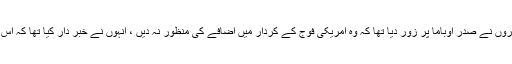
گزشتہ ہفتے امریکی ریٹائرڈ جنرلز اور سینئر سفارتکاروں نے صدر اوباما پر زور دیا تھا کہ وہ امریکی فوج کے کردار میں اضافے کی منظور نہ دیں ، انہوں نے خبر دار کیا تھا کہ اس سے افغان طالبان کے خلاف جنگ متاثر ہو سکتی ہے۔